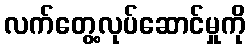
လက်တွေ့လုပ်ဆောင်မှုကို